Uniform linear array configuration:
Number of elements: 64
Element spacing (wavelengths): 0.25
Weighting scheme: exponential
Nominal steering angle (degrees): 60
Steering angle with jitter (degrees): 58.643
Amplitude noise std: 0.05
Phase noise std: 0.05

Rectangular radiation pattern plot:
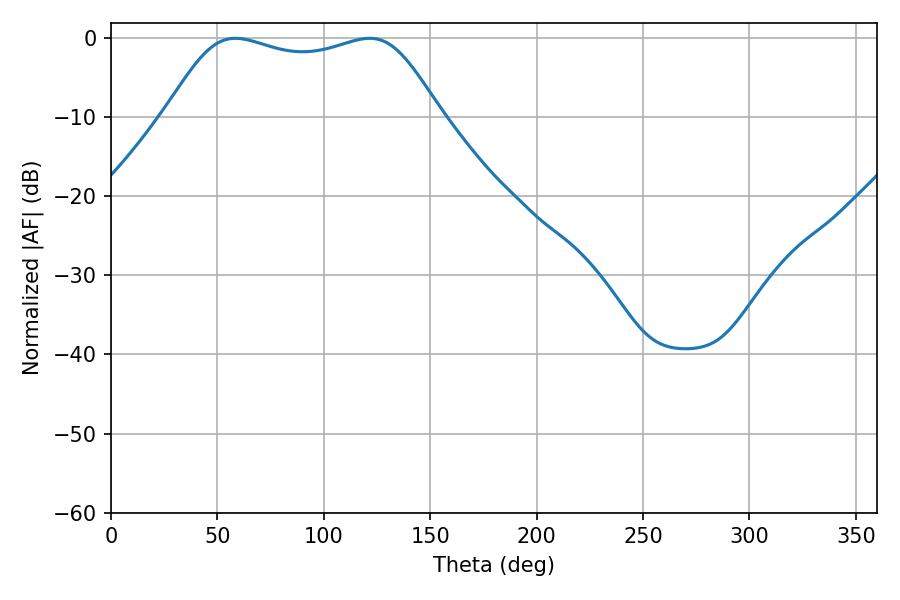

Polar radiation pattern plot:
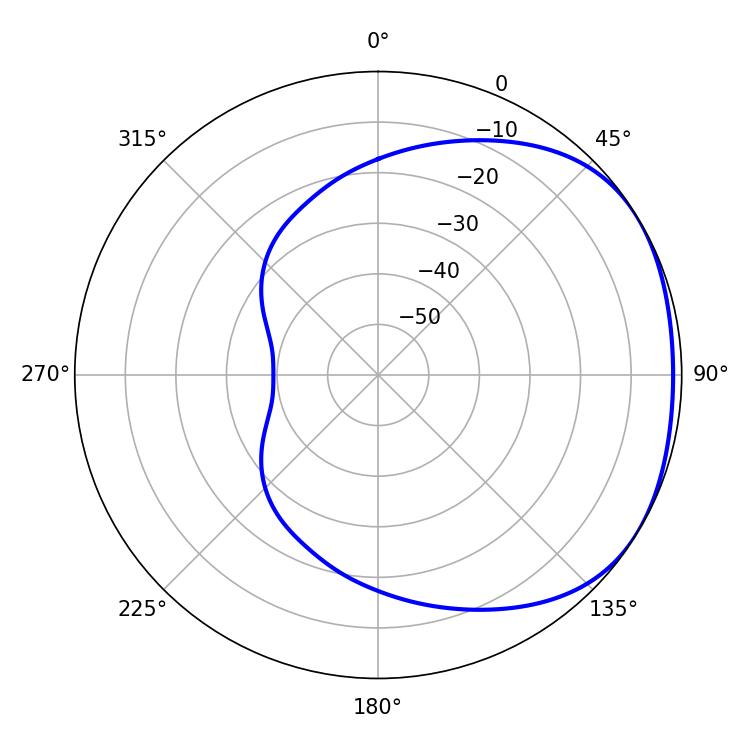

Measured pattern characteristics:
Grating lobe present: FALSE
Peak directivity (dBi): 1.74
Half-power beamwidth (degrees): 99.36
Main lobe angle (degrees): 58.5